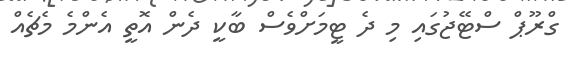
ގްރޫޕް ސްޓޭޖުގައި މި ދެ ޓީމަށްވެސް ބާކީ ދެން އޮތީ އެންމެ މެޗެއް